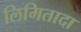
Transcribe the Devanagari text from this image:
लिमितादा